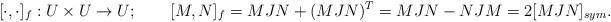
LaTeX: \begin{align*}[\cdot,\cdot]_{f}:U\times U\to U;\qquad[M,N]_{f}=MJN+(MJN)^{T}=MJN-NJM=2[MJN]_{sym}.\end{align*}